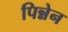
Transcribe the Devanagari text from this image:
पिन्नेन